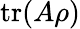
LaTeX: \operatorname{tr}(A\rho)